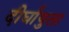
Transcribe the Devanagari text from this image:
दीर्घायुता